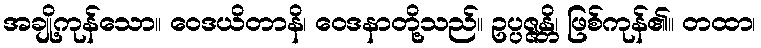
အချို့ကုန်သော။ ဝေဒယိတာနိ၊ ဝေဒနာတို့သည်။ ဥပ္ပဇ္ဇန္တိ၊ ဖြစ်ကုန်၏။ တထာ၊